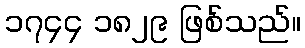
၁၇၄၄ ၁၈၂၉ ဖြစ်သည်။